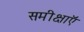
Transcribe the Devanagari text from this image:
समीक्षाऍं